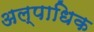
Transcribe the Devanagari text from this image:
अल्पाधिक